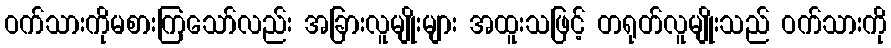
ဝက်သားကိုမစားကြသော်လည်း အခြားလူမျိုးများ အထူးသဖြင့် တရုတ်လူမျိုးသည် ဝက်သားကို